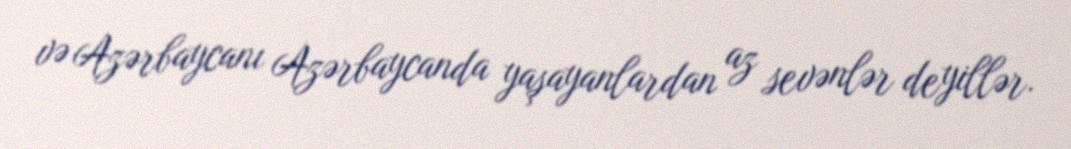
və Azərbaycanı Azərbaycanda yaşayanlardan az sevənlər deyillər.